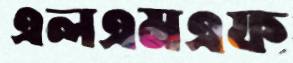
এলএমএফ